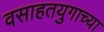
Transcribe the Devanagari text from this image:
वसाहतयुगाच्या